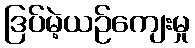
ဒြပ်မဲ့ယဉ်ကျေးမှု